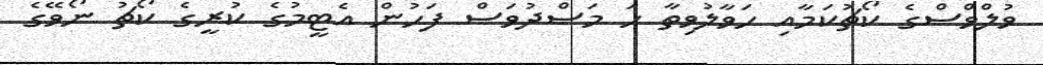
ވުލްވްސްގެ ކޯޗުކަމާއި ހަވާލުވިތާ ހަ މަސްދުވަސް ފަހުން އެޓީމުގެ ކުރީގެ ކޯޗު ނޯވޭގެ